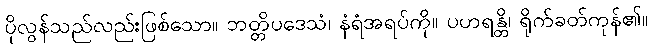
ပိုလွန်သည်လည်းဖြစ်သော။ ဘတ္တိပဒေသံ၊ နံရံအရပ်ကို။ ပဟရန္တိ၊ ရိုက်ခတ်ကုန်၏။